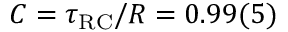
C = \tau _ { \mathrm { { R C } } } / R = 0 . 9 9 ( 5 )